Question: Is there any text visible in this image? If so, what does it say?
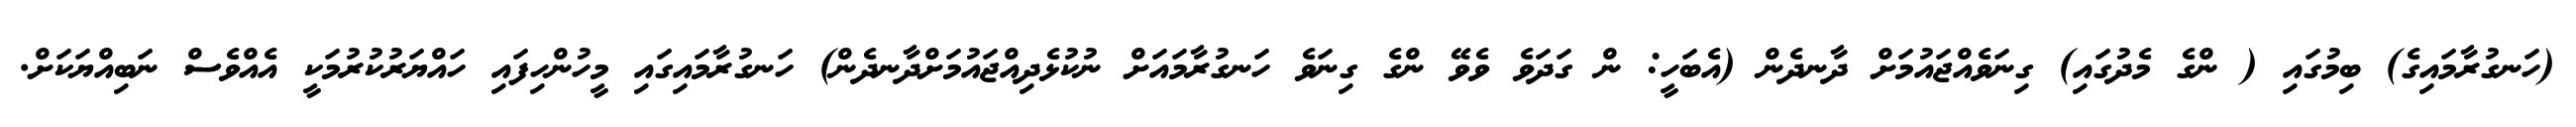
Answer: (ހަނގުރާމައިގެ) ބިމުގައި ( ންގެ މެދުގައި) ގިނަވެއްޖައުމަށް ދާނދެން (އެބަހީ: ން ގަދަވެ ވެވޭ ންގެ ގިނަވެ ހަނގުރާމައަށް ނުކުޅެދިއްޖައުމަށްދާނދެން) ހަނގުރާމައިގައި މީހުންހިފައި ހައްޔަރުކުރުމަކީ އެއްވެސް ނަބިއްޔަކަށް.